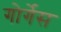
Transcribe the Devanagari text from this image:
गोर्गेस